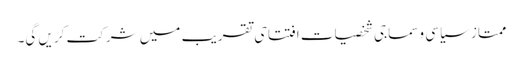
ممتاز سیاسی وسماجی شخصیات افتتاحی تقریب میں شرکت کریں گی۔